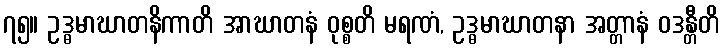
၇၅။ ဥဒ္ဓမာဃာတနိကာတိ အာဃာတနံ ဝုစ္စတိ မရဏံ, ဥဒ္ဓမာဃာတနာ အတ္တာနံ ဝဒန္တီတိ